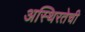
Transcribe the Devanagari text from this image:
अस्थिरतेची